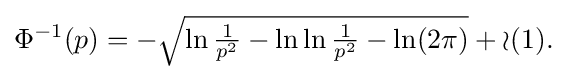
{\textstyle \Phi ^{-1}(p)=-{\sqrt {\ln {\frac {1}{p^{2}}}-\ln \ln {\frac {1}{p^{2}}}-\ln(2\pi )}}+{\mathcal {o}}(1).}